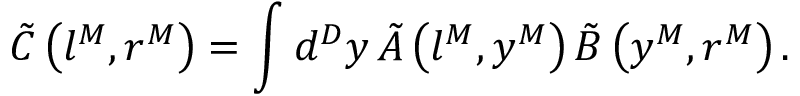
\tilde { C } \left( l ^ { M } , r ^ { M } \right) = \int d ^ { D } y \, \tilde { A } \left( l ^ { M } , y ^ { M } \right) \tilde { B } \left( y ^ { M } , r ^ { M } \right) .